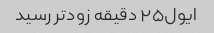
ایول۲۵ دقیقه زودتر رسید